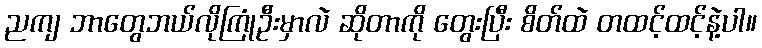
ညကျ ဘာတွေဘယ်လိုကြုံဦးမှာလဲ ဆိုတာကို တွေးပြီး စိတ်ထဲ တထင့်ထင့်နဲ့ပါ။